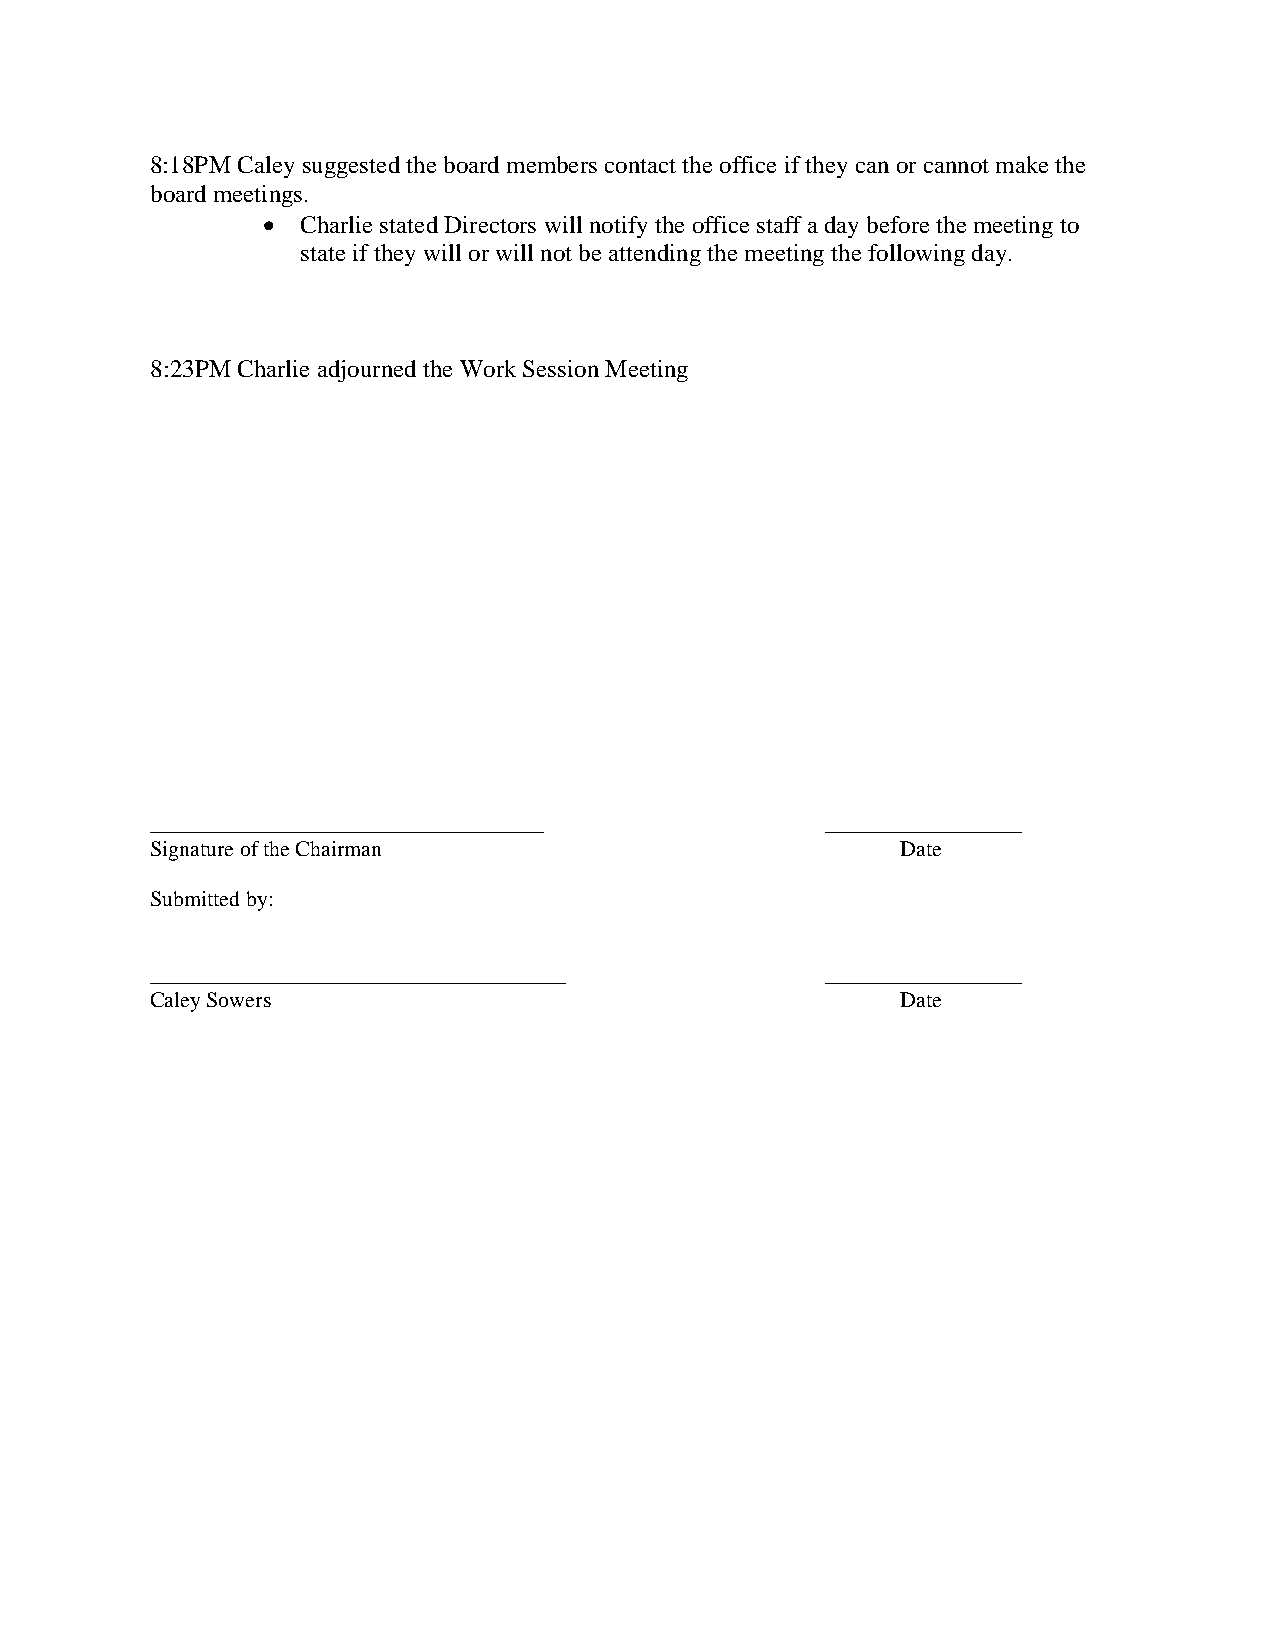
8:18PM Caley suggested the board members contact the office if they can or cannot make the
 board meetings.
 •  Charlie stated Directors will notify the office staff a day before the meeting to
 state if they will or will not be attending the meeting the following day.
 8:23PM Charlie adjourned the Work Session Meeting
 ____________________________________         __________________
 Signature of the Chairman                         Date
 Submitted by:
 ______________________________________       __________________
 Caley Sowers                                      Date